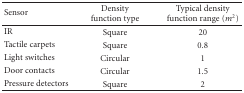
<table><thead><tr><td><b>Sensor</b></td><td><b>Density function type</b></td><td><b>Typical density function range (<i>m</i><sup>2</sup>)</b></td></tr></thead><tbody><tr><td>IR</td><td>Square</td><td>20 </td></tr><tr><td>Tactilecarpets</td><td>Square</td><td> 0.8</td></tr><tr><td>Lightswitches</td><td>Circular</td><td>1</td></tr><tr><td>Doorcontacts</td><td>Circular</td><td>1.5</td></tr><tr><td>Pressuredetectors</td><td>Square</td><td>2</td></tr></tbody></table>